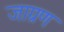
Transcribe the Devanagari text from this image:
जाग्रण